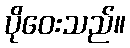
ပိုဝေးသည်။